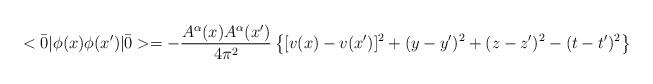
LaTeX: \begin{align*}<\bar 0|\phi(x)\phi(x')|\bar 0>=-{\frac {A^\alpha(x) A^\alpha(x')}{4\pi^2}}\left \{ [v(x)-v(x')]^2+(y-y')^2+(z-z')^2-(t-t')^2 \right \} \end{align*}